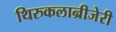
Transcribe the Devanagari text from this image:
थिरुकलान्रीजेरी